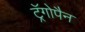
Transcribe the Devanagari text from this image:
ट्रॅगोपैन